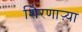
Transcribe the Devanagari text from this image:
शिरणाऱ्या